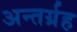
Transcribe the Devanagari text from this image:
अन्तर्ग्रह